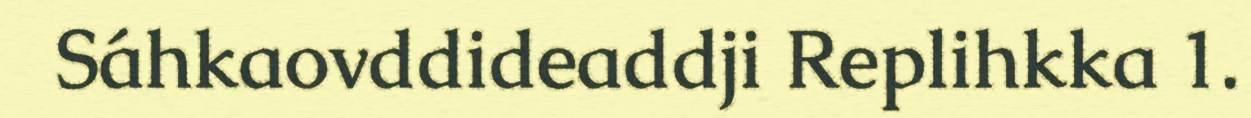
Sáhkaovddideaddji Replihkka 1.